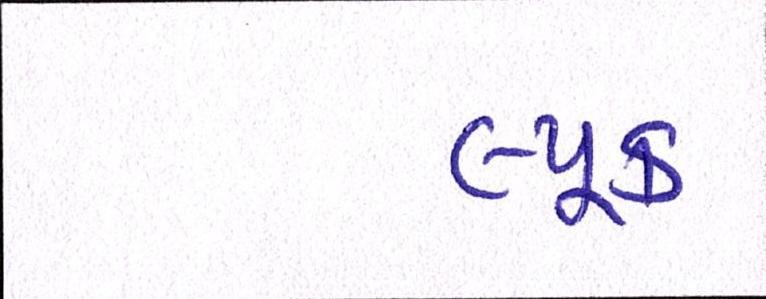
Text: લ્યૂક